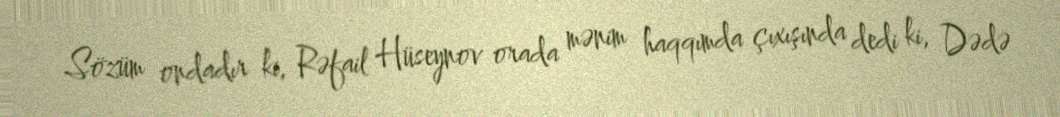
Sözüm ondadır ki, Rəfail Hüseynov orada mənim haqqımda çıxışında dedi ki, Dədə